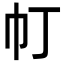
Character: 帄